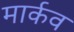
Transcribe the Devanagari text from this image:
मार्कव